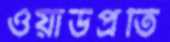
ওয়ার্ডপ্রতি